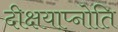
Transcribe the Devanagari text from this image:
दीक्षयाप्नोति